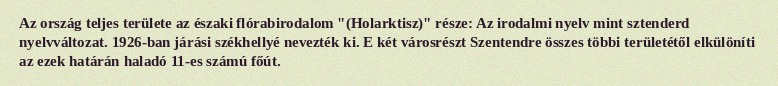
Az ország teljes területe az északi flórabirodalom "(Holarktisz)" része: Az irodalmi nyelv mint sztenderd nyelvváltozat. 1926-ban járási székhellyé nevezték ki. E két városrészt Szentendre összes többi területétől elkülöníti az ezek határán haladó 11-es számú főút.